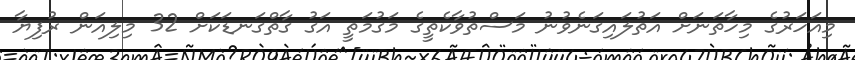
މިއަހަރުގެ މިހާތަނަށް އަތުލައިގަނެވުނު މަސްތުވާކެތީގެ މަގުމަތީ އަގު ގާތްގަނޑަކަށް 32 މިލިއަން ރުފިޔާ